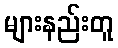
များနည်းတူ